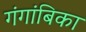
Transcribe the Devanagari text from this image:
गंगांबिका